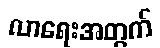
လာရေးအတွက်